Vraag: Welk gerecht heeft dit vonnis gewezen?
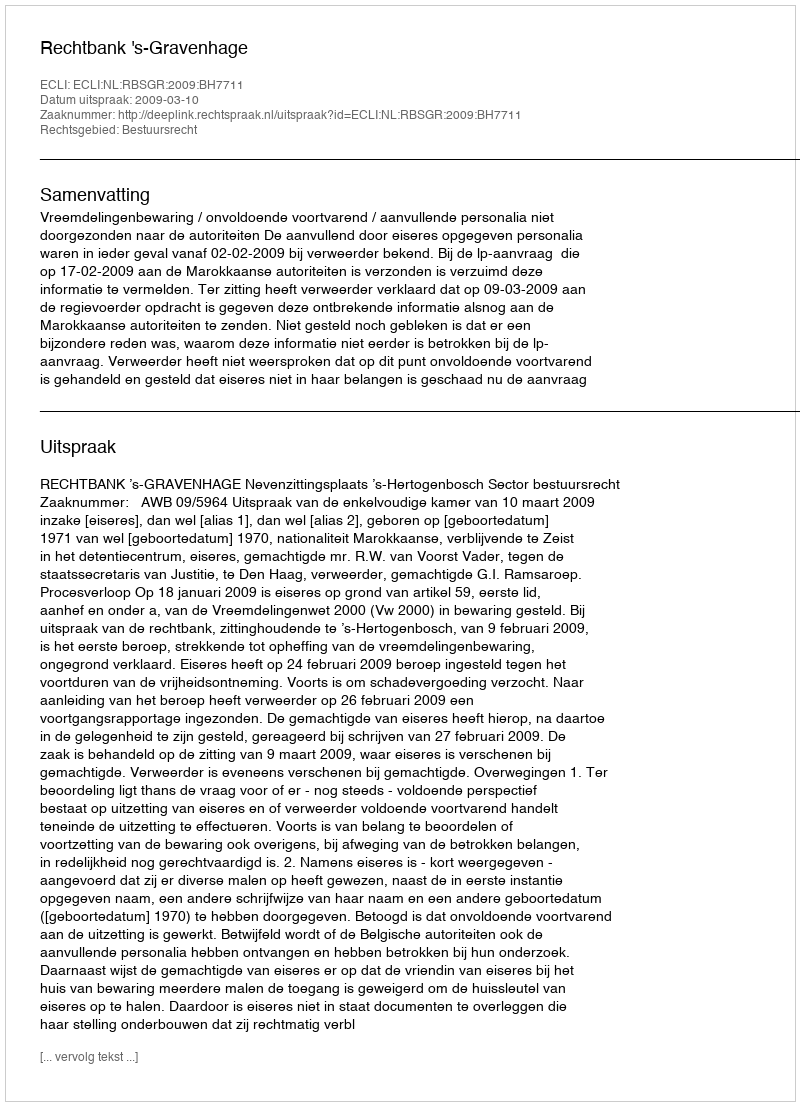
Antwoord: Rechtbank 's-Gravenhage